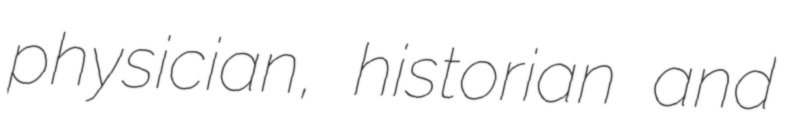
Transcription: physician, historian and